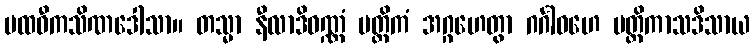
ပထဝီကသိဏဒေါသာ။ တသ္မာ နီလာဒိဝဏ္ဏံ မတ္တိကံ အဂ္ဂဟေတွာ ဂင်္ဂါဝဟေ မတ္တိကာသဒိသာယ